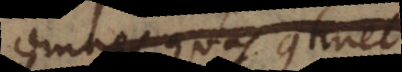
eas quas continet